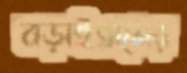
বড়াইগ্রামের